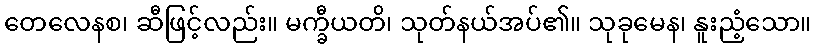
တေလေနစ၊ ဆီဖြင့်လည်း။ မက္ခီယတိ၊ သုတ်နယ်အပ်၏။ သုခုမေန၊ နူးညံ့သော။